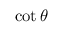
\cot { \theta }